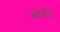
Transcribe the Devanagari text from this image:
ओर्नेट